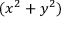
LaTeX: ( x ^ { 2 } + y ^ { 2 } )